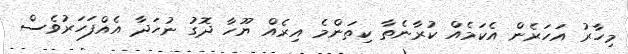
މިހާރު އަހަރެން އެކަމެއް ކުރާނެތާ ކިތަންމެ އިރެއް ޔޫހާ ދޮގު ނުހަދާ އެއްފަހަރުވެސް